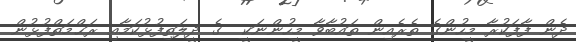
ދެން ފާފަކުރާ މީހުންގެ ތެރެއިން ތައުބާވާ މީހުންނަކީ  ގެ ދީލަތިފުޅުކަމާއި ރަޙްމަތްފުޅުން